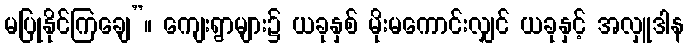
မပြုနိုင်ကြချေ”။ ကျေးရွာများ၌ ယခုနှစ် မိုးမကောင်းလျှင် ယခုနှင့် အလှူဒါန